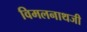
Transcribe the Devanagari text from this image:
विमलनाथजी